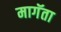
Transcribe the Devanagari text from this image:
मागॅता